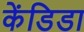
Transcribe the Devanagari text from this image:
केंडिडा